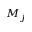
M _ { j }